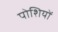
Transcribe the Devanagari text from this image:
पोशियों